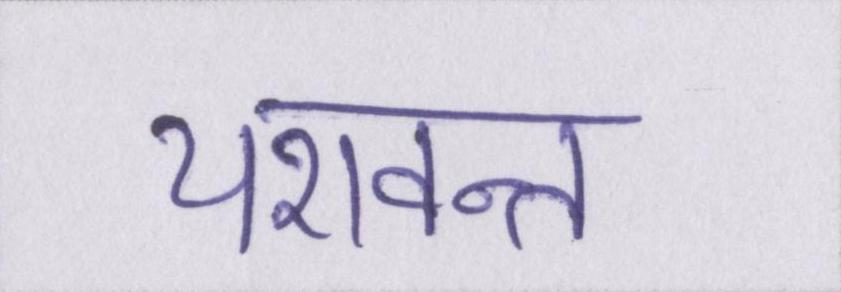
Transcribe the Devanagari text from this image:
यशवन्त